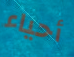
أحياء